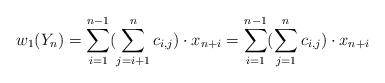
LaTeX: \begin{align*} w_1(Y_n)=\sum_{i=1}^{n-1}(\sum_{j=i+1}^n c_{i,j})\cdot x_{n+i}=\sum_{i=1}^{n-1}(\sum_{j=1}^n c_{i,j})\cdot x_{n+i} \end{align*}